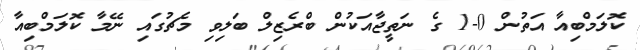
ކޮލަމްބިއާ އަތުން 0-1 ގެ ނަތީޖާއަކުން ބްރެޒިލް ބަލިވި މެޗުގައި ނޭމާ ކޮލަމްބިއާ